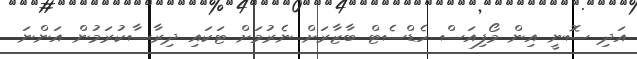
އަދި ސޮނީ އިން މޯފިއަސް ހެޑްސެޓް ބާޒާރަށް ނެރުމަށް ޓަކައި ދިރާސާކުރަމުން އަންނަ